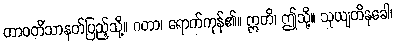
တာဝတိံသာနတ်ပြည့်သို့။ ဂတာ၊ ရောက်ကုန်၏။ ဣတိ၊ ဤသို့။ သုယျတိနုခေါ၊